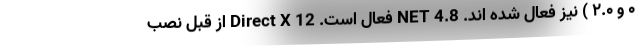
۰ و ۲.۰ ) نیز فعال شده اند. NET 4.8 فعال است. Direct X 12 از قبل نصب